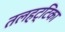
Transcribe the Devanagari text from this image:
तलहट्टिका